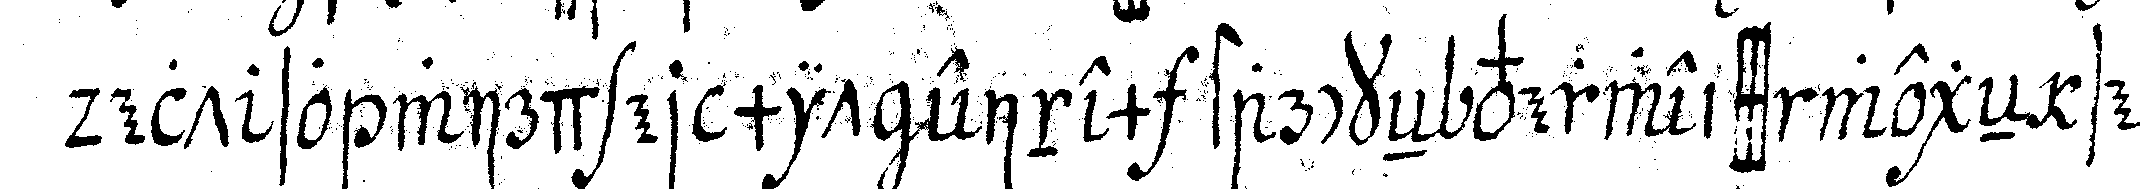
delt so wird er mit einem starckeN verweiss wegeN sei